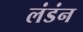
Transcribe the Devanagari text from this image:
लंडंन